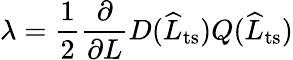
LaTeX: \lambda=\frac{1}{2}\frac{\partial}{\partial L}D(\widehat{L}_{\mathrm{ts}})Q(\widehat{L}_{\mathrm{ts}})